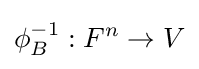
\phi _{B}^{-1}:F^{n}\to V